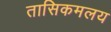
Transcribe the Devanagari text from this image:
तासिकमलय